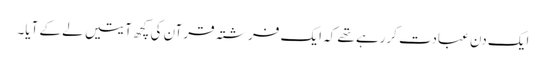
ایک دن عبادت کررہے تھے کہ ایک فرشتہ قرآن کی کچھ آیتیں لے کے آیا۔